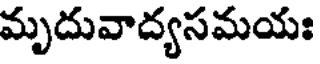
మృదువాద్యసమయః